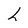
Character: h